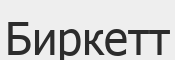
Биркетт